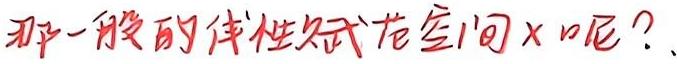
那一般的线性赋范空间$X$呢？